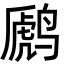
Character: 䴘